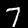
Label: 7